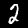
Digit: 2